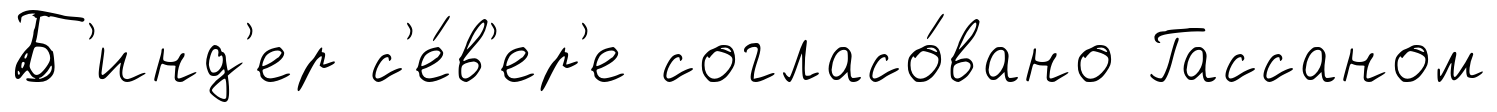
Б'инд'ер с'е́в'ер'е согласо́вано Гассаном